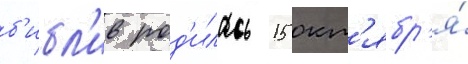
б'ибл'ив род'илась 15 окт'ябр'я́